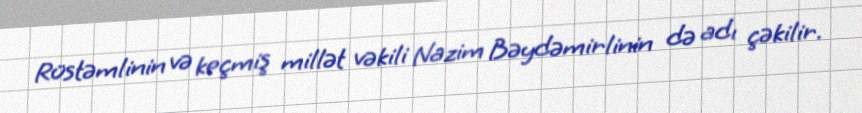
Rüstəmlinin və keçmiş millət vəkili Nazim Bəydəmirlinin də adı çəkilir.